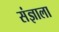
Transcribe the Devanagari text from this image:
संज्ञाला